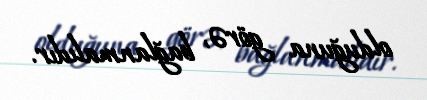
olduğuna görə, bağlanmalıdır.